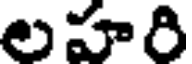
లహరి